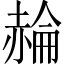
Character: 𧹪